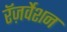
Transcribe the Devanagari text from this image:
रॅज़र्वेशन